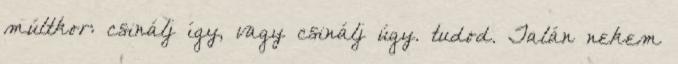
múltkor: csinálj így, vagy csinálj úgy. tudod. Talán nekem